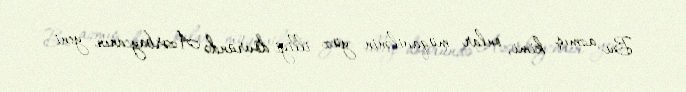
Bu azmış kimi, onlar müqavilənin yüz illiyi dövründə Azərbaycanın yeni